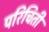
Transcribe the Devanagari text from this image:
परिचिती